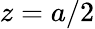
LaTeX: z=a/2